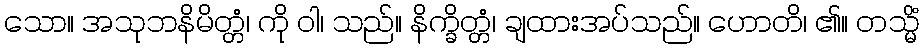
သော။ အသုဘနိမိတ္တံ၊ ကို ဝါ၊ သည်။ နိက္ခိတ္တံ၊ ချထားအပ်သည်။ ဟောတိ၊ ၏။ တသ္မိံ